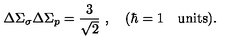
\Delta \Sigma _ { \sigma } \Delta \Sigma _ { p } = { \frac { 3 } { \sqrt 2 } } \ , \quad ( \hbar = 1 \quad \mathrm { u n i t s } ) .